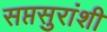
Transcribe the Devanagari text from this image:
सप्तसुरांशी